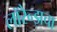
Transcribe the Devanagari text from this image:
लॉरेन्झचा